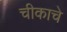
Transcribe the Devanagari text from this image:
चीकाचे